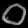
Digit: ၀